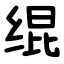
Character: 绲